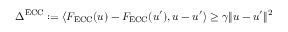
\Delta ^ { \mathrm { E C C } } : = \langle F _ { \mathrm { E C C } } ( u ) - F _ { \mathrm { E C C } } ( u ^ { \prime } ) , u - u ^ { \prime } \rangle \geq \gamma \Vert u - u ^ { \prime } \Vert ^ { 2 }